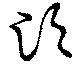
泛